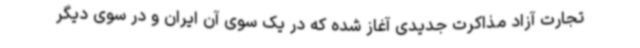
تجارت آزاد مذاکرت جدیدی آغاز شده که در یک سوی آن ایران و در سوی دیگر